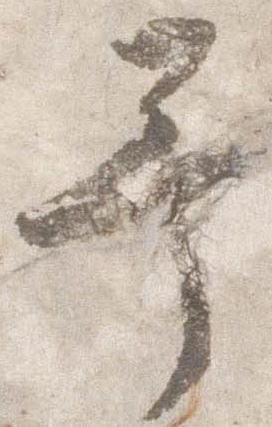
予